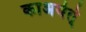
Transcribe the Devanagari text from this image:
काअर्यर्त्